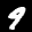
Label: 9